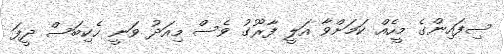
ސިފައިންގެ މީހެއް ކަމަށްވާ އަލީ ފާރޫގު ވެސް މިއަދު ވަނީ ހެކިބަސް ދީފަ